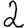
Digit: 2